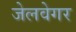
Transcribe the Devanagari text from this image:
जेलवेगर